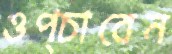
ওপ্‌চাবেন